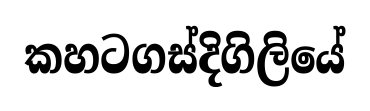
කහටගස්දිගිලියේ